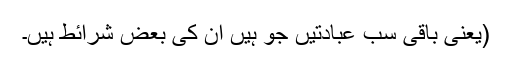
(یعنی باقی سب عبادتیں جو ہیں اُن کی بعض شرائط ہیں۔